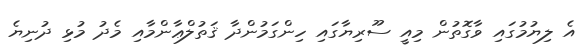
އެ ލިޔުމުގައި ވާގޮތުން މިއީ ސޫރިޔާގައި ހިންގަމުންދާ ޤަތުލްޢާންމާއި މެދު މުޅި ދުނިޔެ